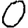
Digit: 0